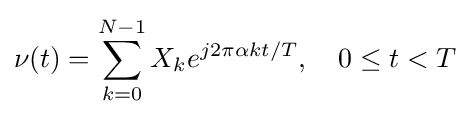
\nu (t)=\sum _{k=0}^{N-1}X_{k}e^{j2\pi \alpha kt/T},\quad 0\leq t<T